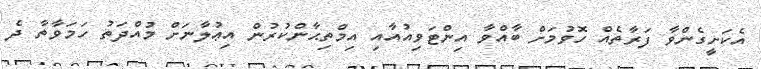
އެކަށީގެންވާ ފަރާތެއް ހޮވުމަށް ބާއްވާ އިންޓަވިއުއާއި އިމްތިޙާންކުރުން އިޢުލާނަށް މުއްދަތު ހަމަވާތާ ދެ